Calcutta medical institutions reports 1871-78
Year: 1871
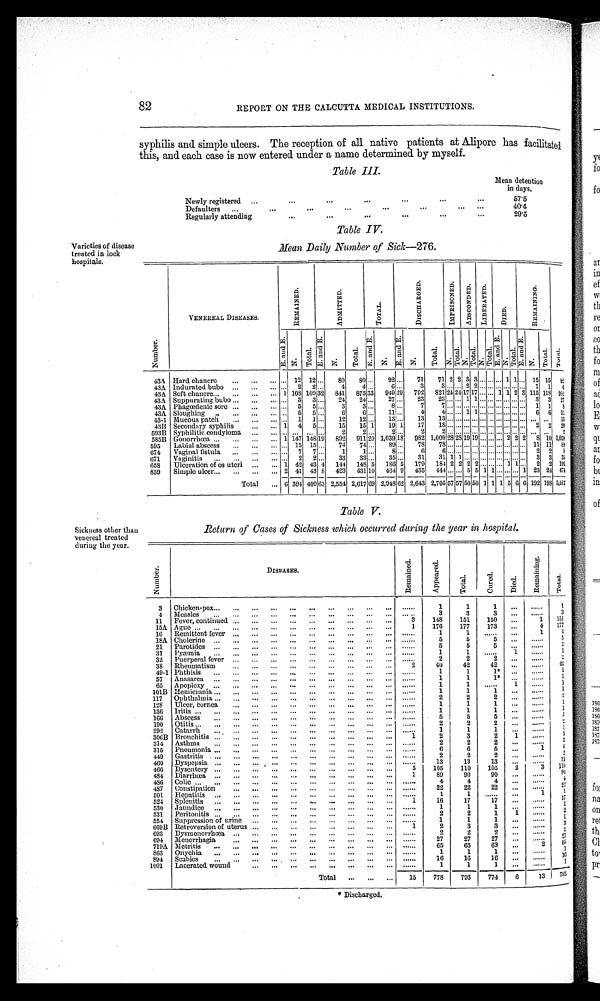
is
fc
82
REPORT ON THE CALCUTTA MEDICAL INSTITUTIONS.
syphilis and simple ulcers. The reception of all native patients at Alipore has facilitated
this, and each case is now entered under a name determined by myself.
Varieties of disease
treated in lock
hospitals.
Sickness other than
venereal treated
during the year.
Table III.
Mean detention
in days.
Newly registered
57.5
Defaulters
4 0 . 4
Regularly attending
29.5
Table IV.
Mean DailyNumber of Sick-276.
VENEREAL DISEASES.
R E M A I N E D .
A D M I T T E D .
T O T A L .
D I S C H A R G E D .
I MP R I S O N E D .
A B S C O N E D E D .
L I B E R A T E D .
D I E D .
R E M A I N I N G .
E. a n d E.
N.
Total.
E. and E.
N .
T o t a l .
E. and E.
N .
Total .
E . a n d E .
N. Total .
E. and E.
N.
Total .
E. and E.
N.
Tot al .
E. and E.
N.
Tot al .
E . a m d E .
N.
T o t a l .
43A Hard chancre
... 12 12 ...
80
80 ...
92 ...
71
71 2 2 3 3 ... ... ... 1 1
. . .
15 15
9
43A Indurated b u b o
. . . 2
2 ...
4
4 ...
6 ...
3
3 .... . . .
. . 2 2 ... ... ...
. . . . . . . . . .
. . . . . . . 1
1 6
43A Soft chancre
1 108 109 32 841 873 33 949 29 792 821 2417 17 . . . . . . 1 1 2 3 115 118 982
43A Suppurating bubo
...
3
3 . . .
24
24 ...
27 ...
23
23 _ ... 1 1 ... ...
. . . . . . ... 3 3 27
43A
P h a g œ d e n i c s o r e ...
5
5 ...
3
3 ...
8 ...
7
7 ... ... . . ... ... . . .
.......... . . .
... ... 1 1
8
43A Sloughing
...
5
5 ...
6
6 ...
11 ...
4
4 ...... . . . 1 1 ... ... ... ... 6 6 11
43-1 Mucous patch
...
1
1 ...
12
12 . . .
13 ...
13
13 ... ... ...... ... .. . . .
... ... ...
. . .
. . . 13
4313 Secondary syphilis
1
4
5 ...
1 5
15
1
19 1 17
18 ... ... ... ... ... ... ... ... ... ...
,..
2
.„
2 2 0
503B Syphiliticcondyloma
... .. . .. .
. . .
2
2 . . .
2 . . .
. . .
. . . . . . . . . . . . . . . . . . . . . . . . . . . . . . . . . .
. . .
2
585B Gonorrhoea
1 147 148 19
892
911 20 1,039 18
i
. 6
982 1,000 l2828 1 9 1 9 . . . . . . . . . 2 2 2
8 10 1,059
595
Labial abscess
... 15 15 ...
74
74 ...
89 ...
78
78 ... . . . ... ... ... .. ... ... ...... . . . 11
1 1 8 9
674
Vaginal fistula
...
7
7 ...
1
1 ...
8 ...
6
6 . . . . . . ...... . . .
... ... . . . . . . . . . . . . . . . . . . . . . . . 2 2
8
071
Vaginitis
...
2
2 . . .
3 3
33 . . .
3 5 . . .
31
31 1 1 .. .. . ... ... .... . . . . . . . . . . 3 3 3 5
658
t ..
Ulceration of œ uteri
1 42 43 4
144
148 5
186 5
179
184 2 2 2 2 ... . . .
.
. . . . . . . 1 1 . . . . 2 2 191
859
Simple ulcer
2 41 43 8
423
431 10
464 9
435
444 . . .
...... 5 5 1 1 ... ... ... 1 23 24 474
Total
6 391 400 63 2,554 2,017 69 2,048 62 2,643 2,705 57 57 50 50 1 1 1 5 6 6 192 198 3,017
Table V.
Return of Cases of Sickness which occurred during the year in hospital.
N u m b e r . .
DISEASES.
R e m a i n e d .
A p p e a r e d .
T o t a l .
C u r e d .
D i e d .
R e m a i n i n g .
T o t a l .
3
Chicken-pox
......
1
1
1
...
. . . . . .
1
4
Measles
.....
3
3
3
......
. . . . . .
3
11
Fever, continued
3
148
151
150
...
1
151
1 5 A
Ague
1
176
177
173
...
4
177
16
Remittent fever
......
1
1
......
...
1
1
18A Cholerine
. . . . . .
5
5
5
...
......
5
21
Parotides
......
5
5
5
. . . ......
5
31 Pyæmia
......
1
1
. . . . . . 1
. . . . . .
1
32
Puerperal fever
......
2
2
2
. . .
. . . . . .
2
38
Rheumatism
2
40
42
4.2
...
.....
42
49-1 Phthisis
......
1
1
1*
...
......
1
57 Anasarca
......
1
1
1*
...
......
1
65
Apoplexy
......
1
1
. . . . . . 1
. . . . . .
1
101B Hemicrania
. . . . . .
1
1
1
. . .
. . . . . .
1
117
Ophthalmia
......
2
2
2
...
.....
2
128
Ulcer,cornea
......
1
1
1
...
......
1
136
Iritis
......
1
1
1
...
......
1
166
Abscess
......
5
5
5
. . . .....
5
190
Otitis
. . . . . .
2
2
2
. . . ....
2
292
C a t a r r h
. . . . . .
1
1
1
...
......
1
306B Bronchitis
1
2
3
2
1
......
3
314
Asthma
......
2
2
2
...
. . . . . .
2
315
Pneumonia
......
6
6
5
...
1
6
449
Gastritis
......
2
2
2
...
......
2
460
Dyspepsia
......
13
13
13
. . .
. . . . . .
1 3
466
Dysentery
5
105
110
105
2
3
1 1 0
484 Diarrhœ
1
89
90
90
...
. . . . . .
9 0
4 8 6 Colic
. . . . . .
4
4
4
...
.....
4
487
Constipation
. . . . . .
22
22
22
...
. . . .
2 2
501
Hepatitis
...
1
1
. . . . . .
...
1
1
524 Splenitis
1
16
17
17
. . .
. . . . . .
17
530
Jaundice
......
1
1
1
. . . ......
1
531
Peritonitis
......
2
2
1
1
......
2
554
Suppression of urine
. . . . . .
1
1
1
...
......
1
669B Retroversion of uterus
1
2
3
3
. . .
. . . . . .
3
693
Dysmenorrhœ
......
2
2
2
. . .
. . . . . . . . . . . .
2
694
Menorrhagia
......
27
27
27
...
. . . . . .
2 7
719A Metritis
......
65
65
63
. . .
2
6 5
863
.
.
.
Onychia
......
1
1
1
. . .
. . . . . .
1
894
Scabies
......
16
16
16
. . .
. . . . . .
1 6
1001
Lacerated wound
......
1
1
1
. . .
. . . . . .
1
Total
15
778
793
774
6
13
79' 3
* Discharged.